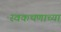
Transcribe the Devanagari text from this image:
स्वकथणाच्या